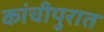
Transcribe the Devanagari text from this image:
कांचीपुरात